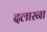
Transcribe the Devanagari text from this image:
दलारना